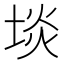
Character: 埮